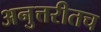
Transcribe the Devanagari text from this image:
अनुत्तरीतच